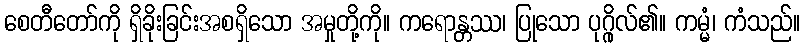
စေတီတော်ကို ရှိခိုးခြင်းအစရှိသော အမှုတို့ကို။ ကရောန္တဿ၊ ပြုသော ပုဂ္ဂိုလ်၏။ ကမ္မံ၊ ကံသည်။